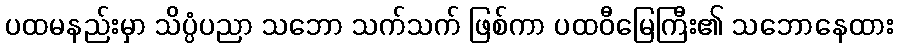
ပထမနည်းမှာ သိပ္ပံပညာ သဘော သက်သက် ဖြစ်ကာ ပထဝီမြေကြီး၏ သဘောနေထား